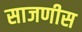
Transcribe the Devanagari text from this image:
साजणीस